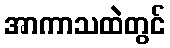
အာကာသထဲတွင်